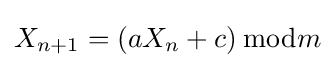
X_{n+1}=\left(aX_{n}+c\right){\bmod {m}}